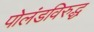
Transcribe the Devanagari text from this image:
पोलंडविरुद्ध